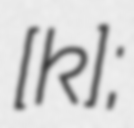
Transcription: ​[ʁɔ̃k];